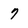
Character: 7